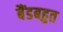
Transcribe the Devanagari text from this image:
बैंडबहुत